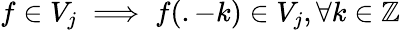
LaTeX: f\in V_{j}\implies f(.-k)\in V_{j},\forall k\in\mathbb{Z}